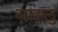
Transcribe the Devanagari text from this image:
जाङ्गलु